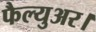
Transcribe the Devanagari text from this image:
फैल्युअर।